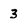
Character: 3